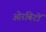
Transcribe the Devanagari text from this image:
ओरबिटों